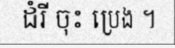
ដំរី ចុះ ប្រេង ។